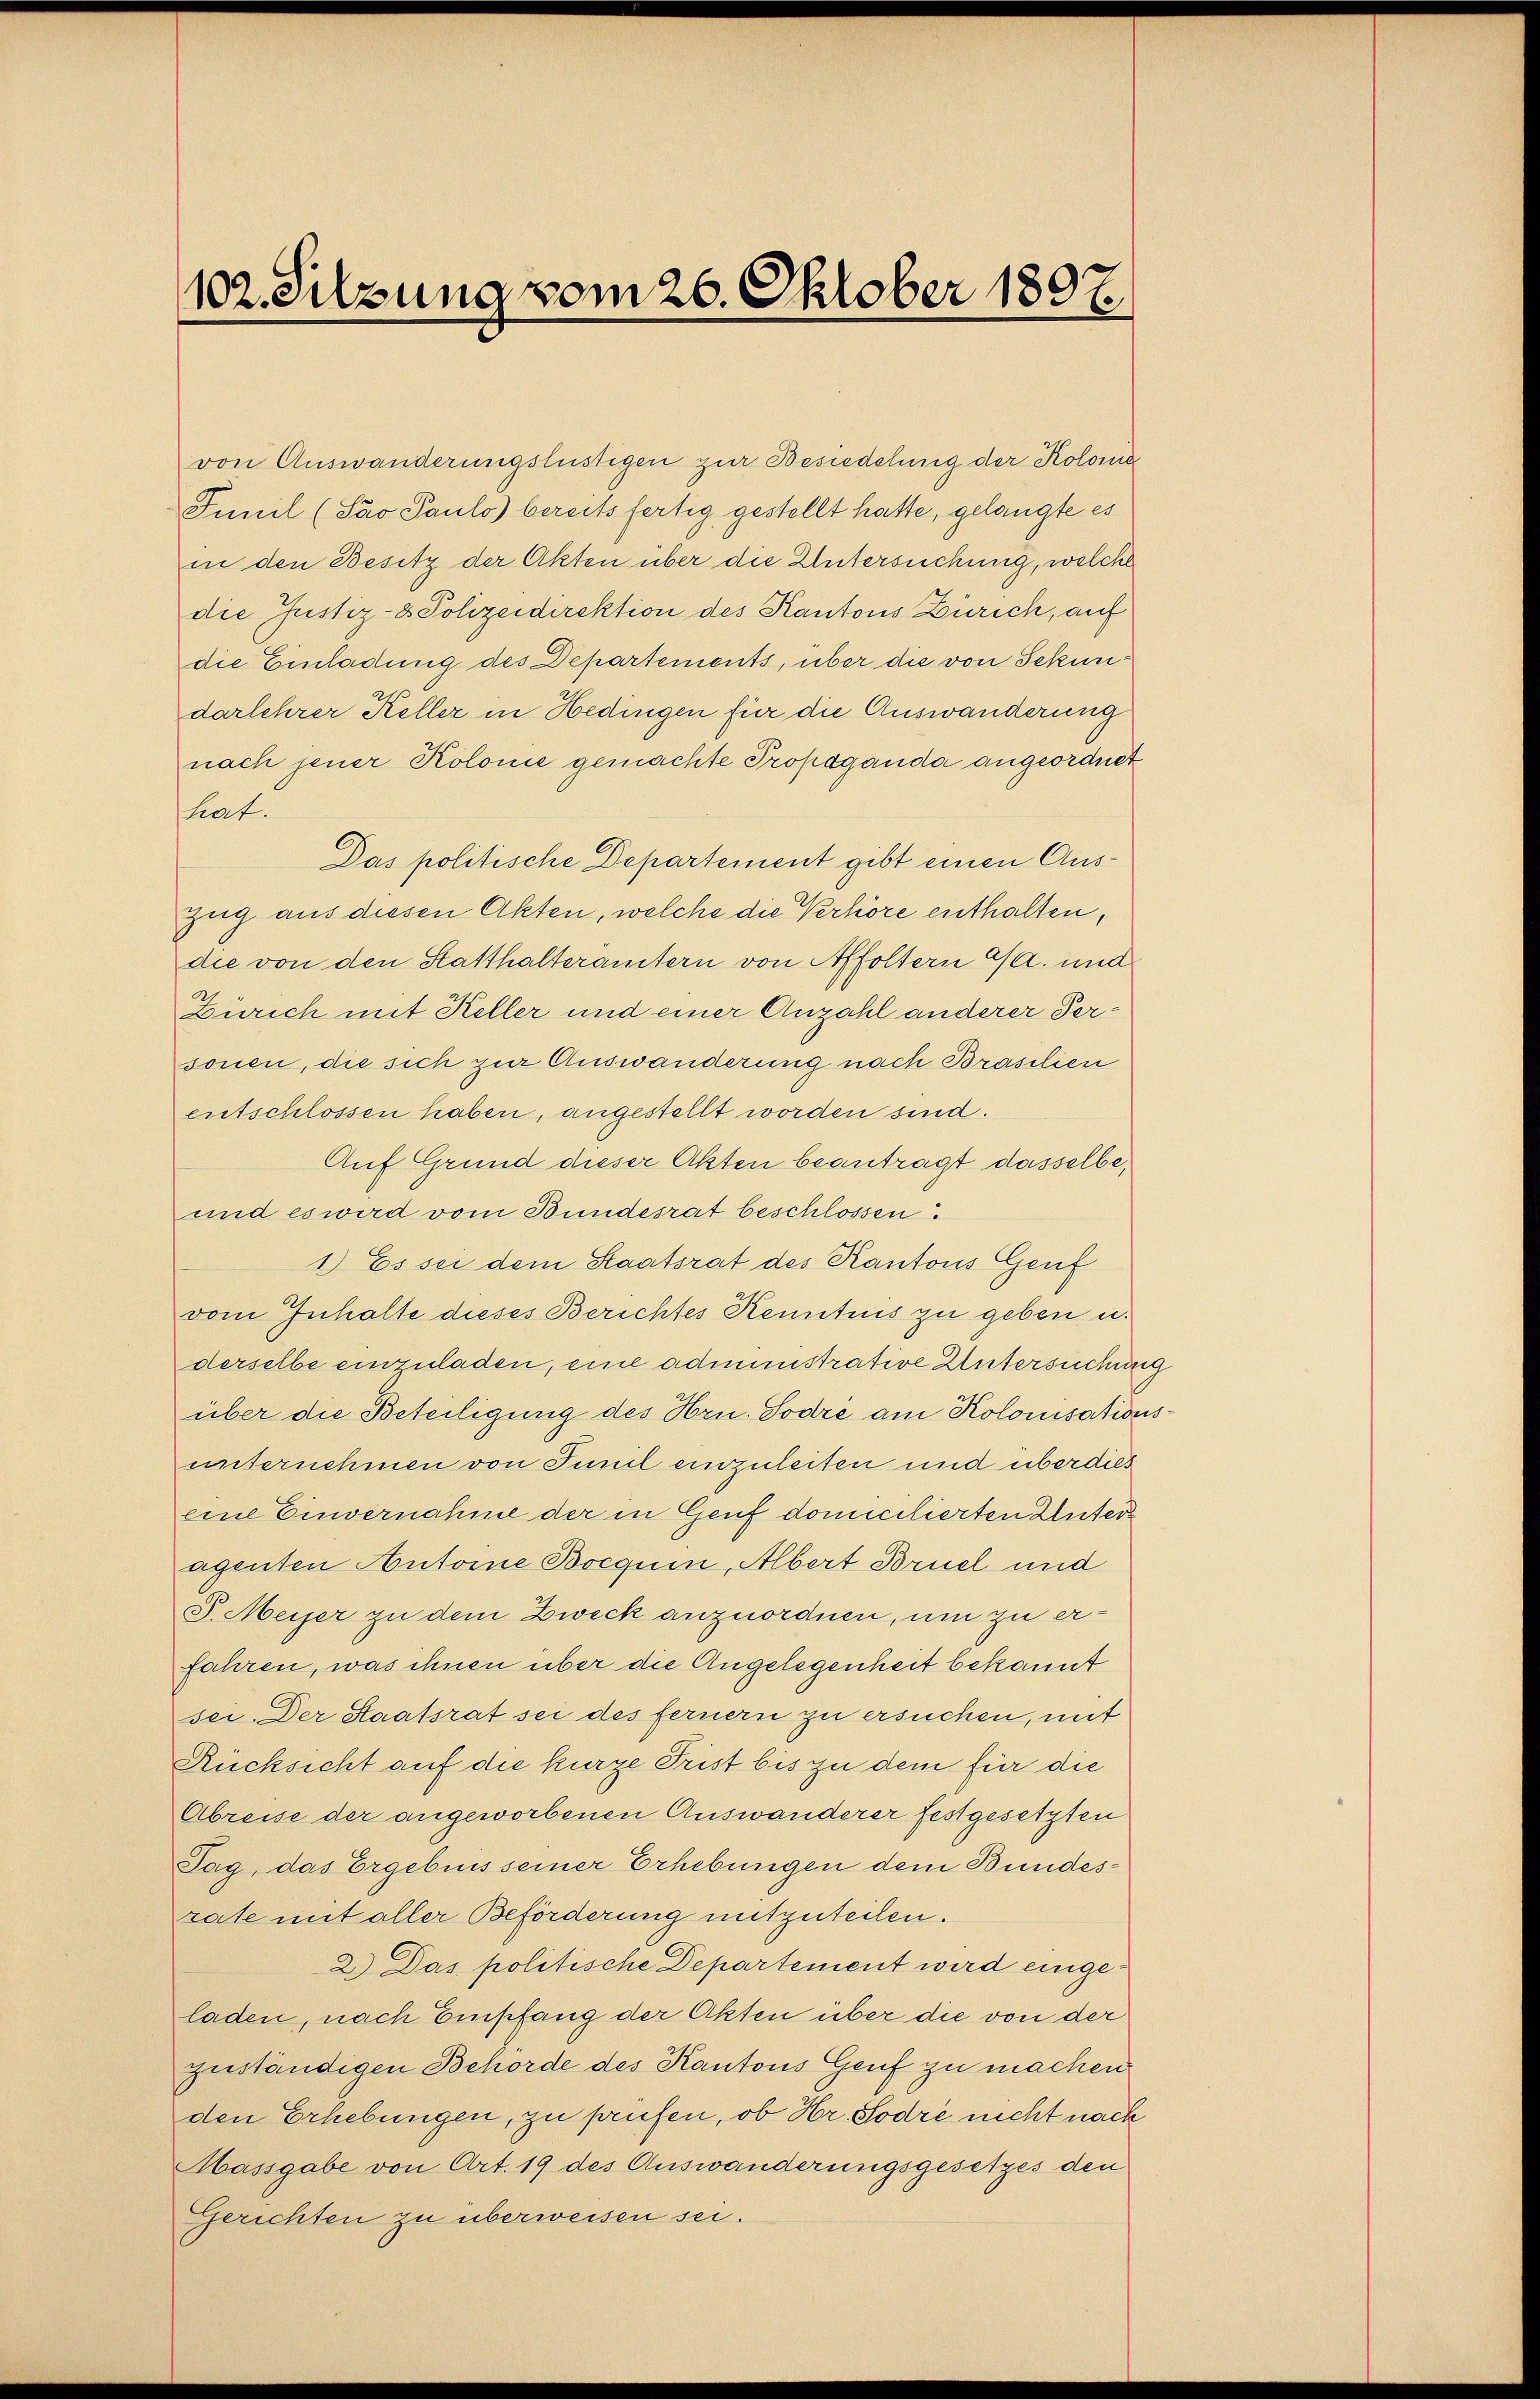
102. Silzung vom 26. Oktober 1897.

von Auswanderungslustigen zur Besiedelung der Kolome
Funil (Sao Paulo) bereits fertig gestellt hatte, gelangte es
in den Besitz der Akten über die Untersuchung, welche
die Justiz- & Polizeidirektion des Kantons Zürich, auf
die Einladung des Departements, über die von Sekundarlehrer Keller in Hedingen für die Auswanderung
nach jener Kolonie gemachte Propaganda angeordnet
hat.
Das politische Departement gibt einen Aus¬
Zug aus diesen Akten, welche die Verhöre enthalten,
die von den Statthalterämtern von Affoltern G. und
Zürich mit Keller und einer Anzahl anderer Personen, die sich zur Auswanderung nach Brasilien
entschlossen haben, angestellt worden sind.
Auf Grund dieser Akten beantragt dasselbe,
und es wird vom Bundesrat beschlossen.
1) Es sei dem Staatsrat des Kantons Genf
vom Inhalte dieses Berichtes Kenntnis zu geben u.
derselbe einzuladen, eine administrative Untersuchung
über die Beteiligung des Hrn. Sodre am Kolonisationsunternehmen von Sunil einzuleiten und überdies
eine Einvernahme der in Genf domicilierten Unteragenten Autorne Bocquin, Albert Bruch und
J. Meier zu dem Zweck anzuordnen, um zu erfahren, was ihnen über die Angelegenheit bekannt
sei. Der Staatsrat sei des fernern zu ersuchen, mit
Rücksicht auf die kurze Frist bis zu dem für die
Abreise der angeworbenen Auswanderer festgesetzten
Tag, das Ergebnis seiner Erhebungen dem Bundesrate mit aller Beförderung mitzuteilen.
2.) Das politische Departement wird eingeladen, nach Empfang der Akten über die von der
zuständigen Behörde des Kantons Genf zu machen
den Erhebungen, zu prüfen, ob Hr. Sodre nicht nach
Hassgabe von Art. 19 des Auswanderungsgesetzes den
Gerichten zu überweisen sei.